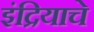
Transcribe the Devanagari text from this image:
इंद्रियाचे